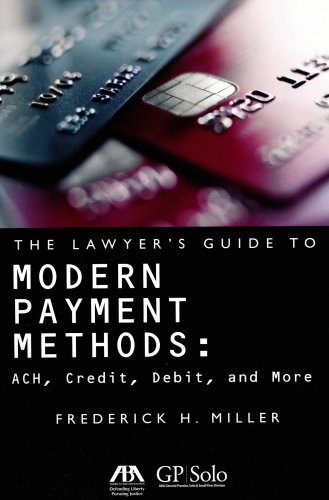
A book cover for The Lawyer's Guide to Modern Payment Methods: ACH, Credit, Debit, and More; Frederick H. Miller; Law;